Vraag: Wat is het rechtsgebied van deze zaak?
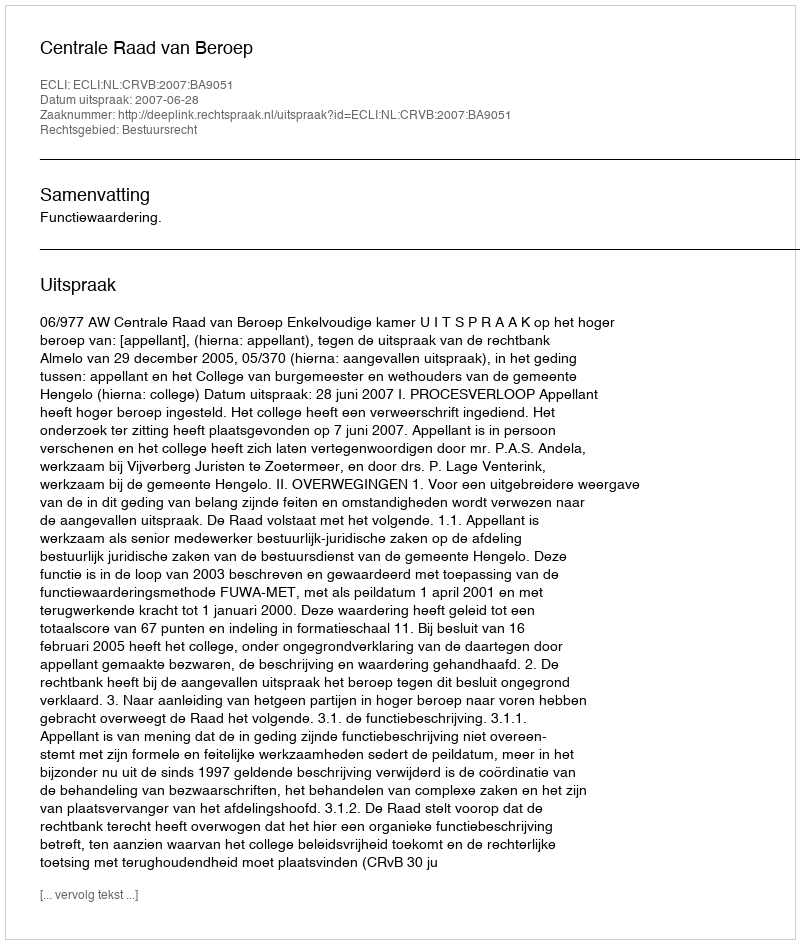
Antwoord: Bestuursrecht